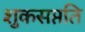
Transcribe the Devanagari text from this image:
शुकसप्तति